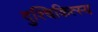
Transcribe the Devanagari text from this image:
दुश्चिकित्स्य